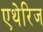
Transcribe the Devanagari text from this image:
एथेरिज